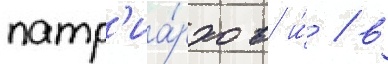
патр'иа́рхов и́ / в